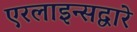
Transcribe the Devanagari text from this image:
एरलाइन्सद्वारे